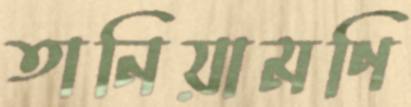
তানিয়ামণি